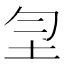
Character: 𡉲